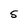
Character: 5